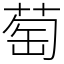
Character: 萄